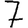
Digit: 7